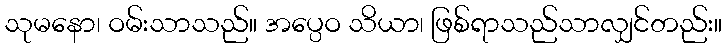
သုမနော၊ ဝမ်းသာသည်။ အပ္ပေဝ သိယာ၊ ဖြစ်ရာသည်သာလျှင်တည်း။